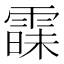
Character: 𮦠